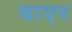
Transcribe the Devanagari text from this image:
याएर